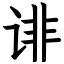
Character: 诽